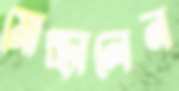
মোচ্‌ড়ালেন